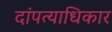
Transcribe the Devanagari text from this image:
दांपत्याधिकार